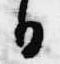
日